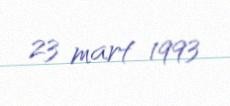
23 mart 1993